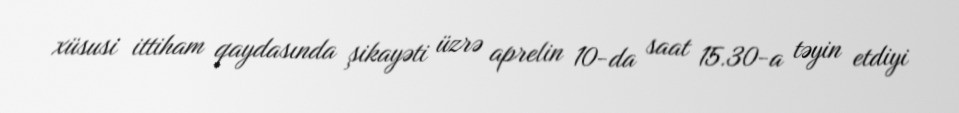
xüsusi ittiham qaydasında şikayəti üzrə aprelin 10-da saat 15.30-a təyin etdiyi